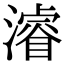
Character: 濬